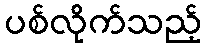
ပစ်လိုက်သည့်